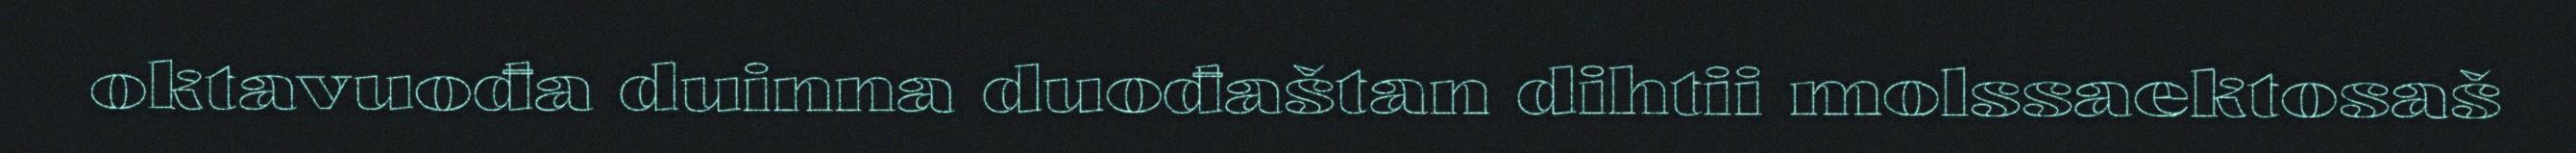
oktavuođa duinna duođaštan dihtii molssaektosaš